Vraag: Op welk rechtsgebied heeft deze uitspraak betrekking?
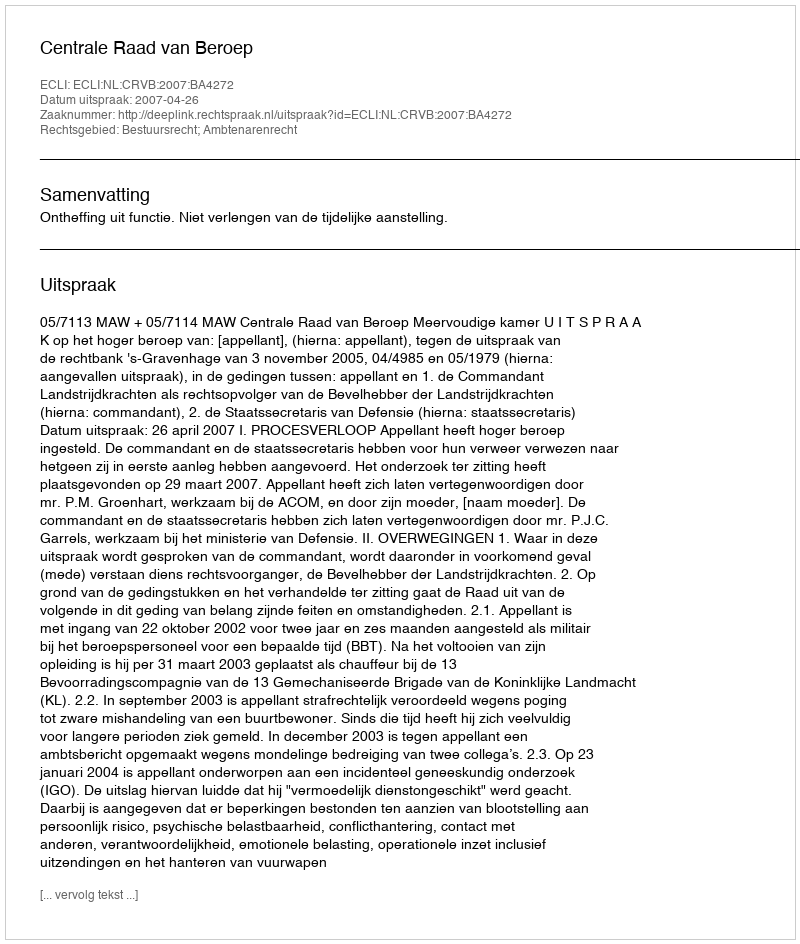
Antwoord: Bestuursrecht; Ambtenarenrecht